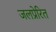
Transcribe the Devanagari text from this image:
जलप्रेरित